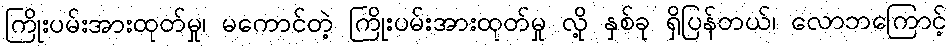
ကြိုးပမ်းအားထုတ်မှု၊ မကောင်တဲ့ ကြိုးပမ်းအားထုတ်မှု လို့ နှစ်ခု ရှိပြန်တယ်၊ လောဘကြောင့်